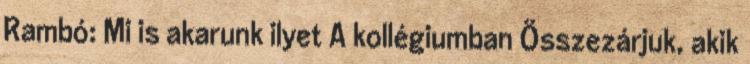
Rambó: Mi is akarunk ilyet A kollégiumban Összezárjuk, akik